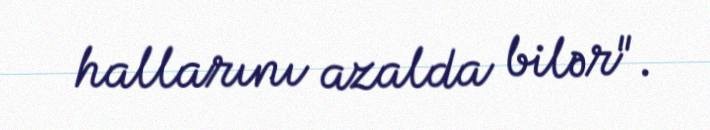
hallarını azalda bilər".